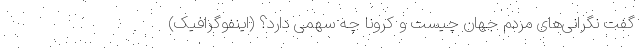
گفت نگرانی‌های مردم جهان چیست و کرونا چه سهمی دارد؟ (اینفوگرافیک)